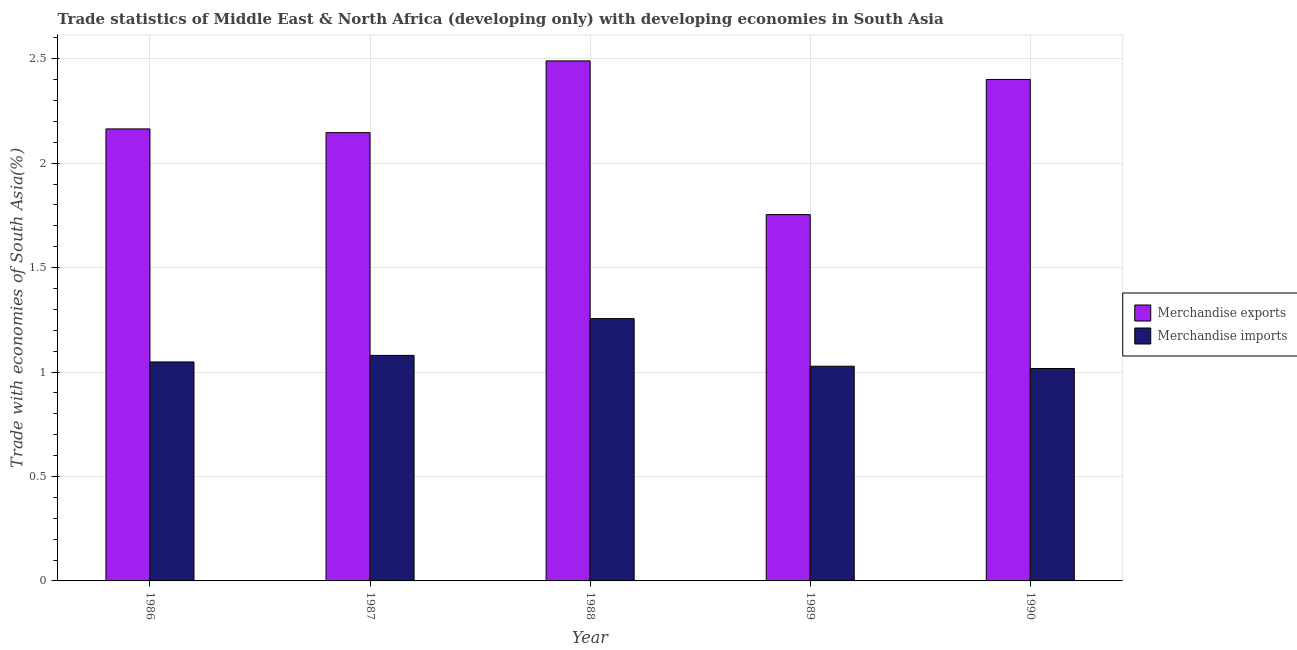
| Year | Merchandise exports | Merchandise imports |
 | --- | --- | --- |
 | 1986 | 2.16 | 1.05 |
 | 1987 | 2.15 | 1.08 |
 | 1988 | 2.49 | 1.26 |
 | 1989 | 1.75 | 1.03 |
 | 1990 | 2.4 | 1.02 |